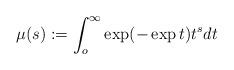
LaTeX: \begin{align*}\mu (s) := \int _o^\infty \exp (-\exp t)t^s dt\end{align*}